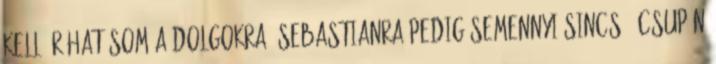
kellő ráhatásom a dolgokra, Sebastianra pedig semennyi sincs. -Csupán